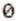
0